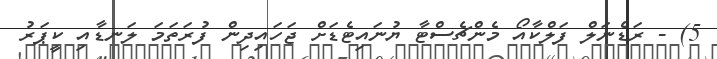
5) - ރަޑެނަލް ފަލްކާއޯ މެންޗެސްޓާ ޔުނައިޓެޑަށް ޖަހައިދިން ފުރަތަމަ ލަނޑާއި ކީޕަރު